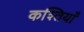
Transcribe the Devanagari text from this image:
कश्तियाँ